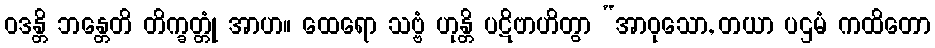
ဝဒန္တိ ဘန္တေတိ တိက္ခတ္တုံ အာဟ။ ထေရော သဗ္ဗံ ဟုန္တိ ပဋိဗာဟိတွာ “အာဝုသော, တယာ ပဌမံ ကထိတော